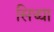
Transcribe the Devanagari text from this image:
सिद्ध्या